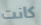
كانت